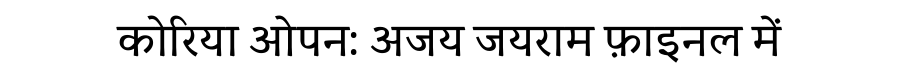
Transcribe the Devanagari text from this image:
कोरिया ओपन: अजय जयराम फ़ाइनल में